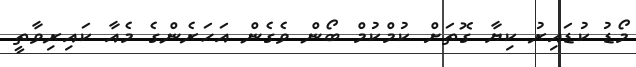
މޯޑު ކުޑައިރު ކިޔާ ގޮތަށް ކުމްކުމް ބޯން ވެގެން އަހަރެންގެ މެއާ ކައިރިވާތީ